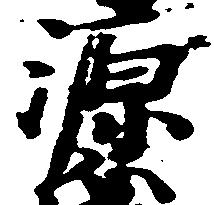
源